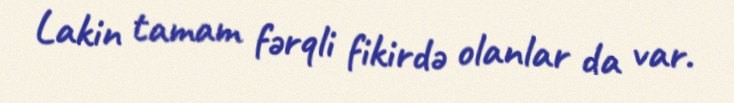
Lakin tamam fərqli fikirdə olanlar da var.